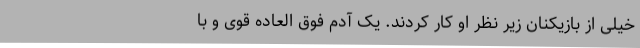
خیلی از بازیکنان زیر نظر او کار کردند. یک آدم فوق العاده قوی و با